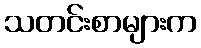
သတင်းစာများက